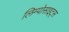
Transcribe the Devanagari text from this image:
लिम्पोसाइट्स